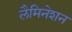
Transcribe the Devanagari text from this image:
लैमिनेशन